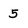
Character: 5